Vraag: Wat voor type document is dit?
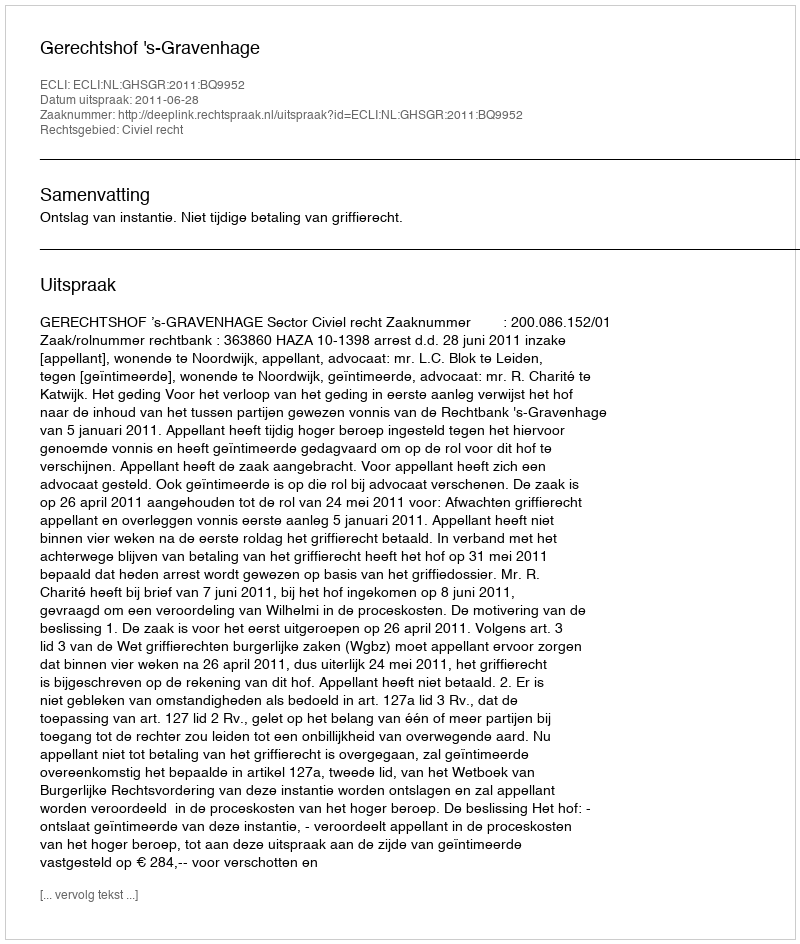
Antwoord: Uitspraak